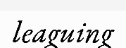
leaguing